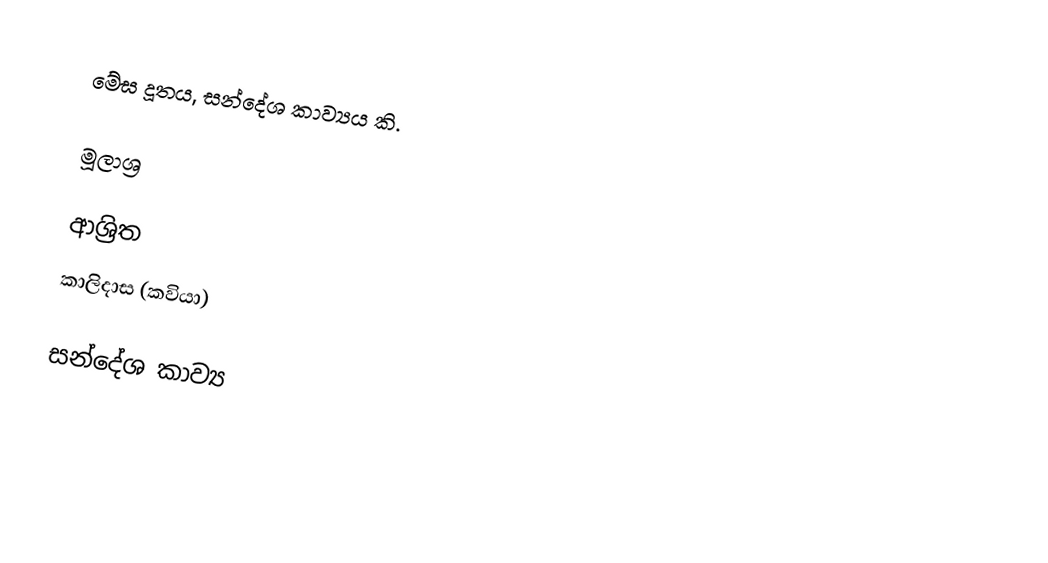
මේඝ දූතය, සන්දේශ කාව්‍යය කි.

මූලාශ්‍ර

ආශ්‍රිත
 කාලිදාස (කවියා)

සන්දේශ කාව්‍ය